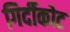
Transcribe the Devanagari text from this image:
गिर्दीकोट